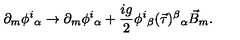
\partial _ { m } \phi ^ { i } { } _ { \alpha } \to \partial _ { m } \phi ^ { i } { } _ { \alpha } + \frac { i g } { 2 } \phi ^ { i } { } _ { \beta } ( \vec { \tau } ) ^ { \beta } { } _ { \alpha } \vec { B } _ { m } .